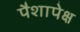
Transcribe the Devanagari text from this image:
पैशापेक्ष